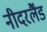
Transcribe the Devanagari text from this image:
नीदरर्लैंड